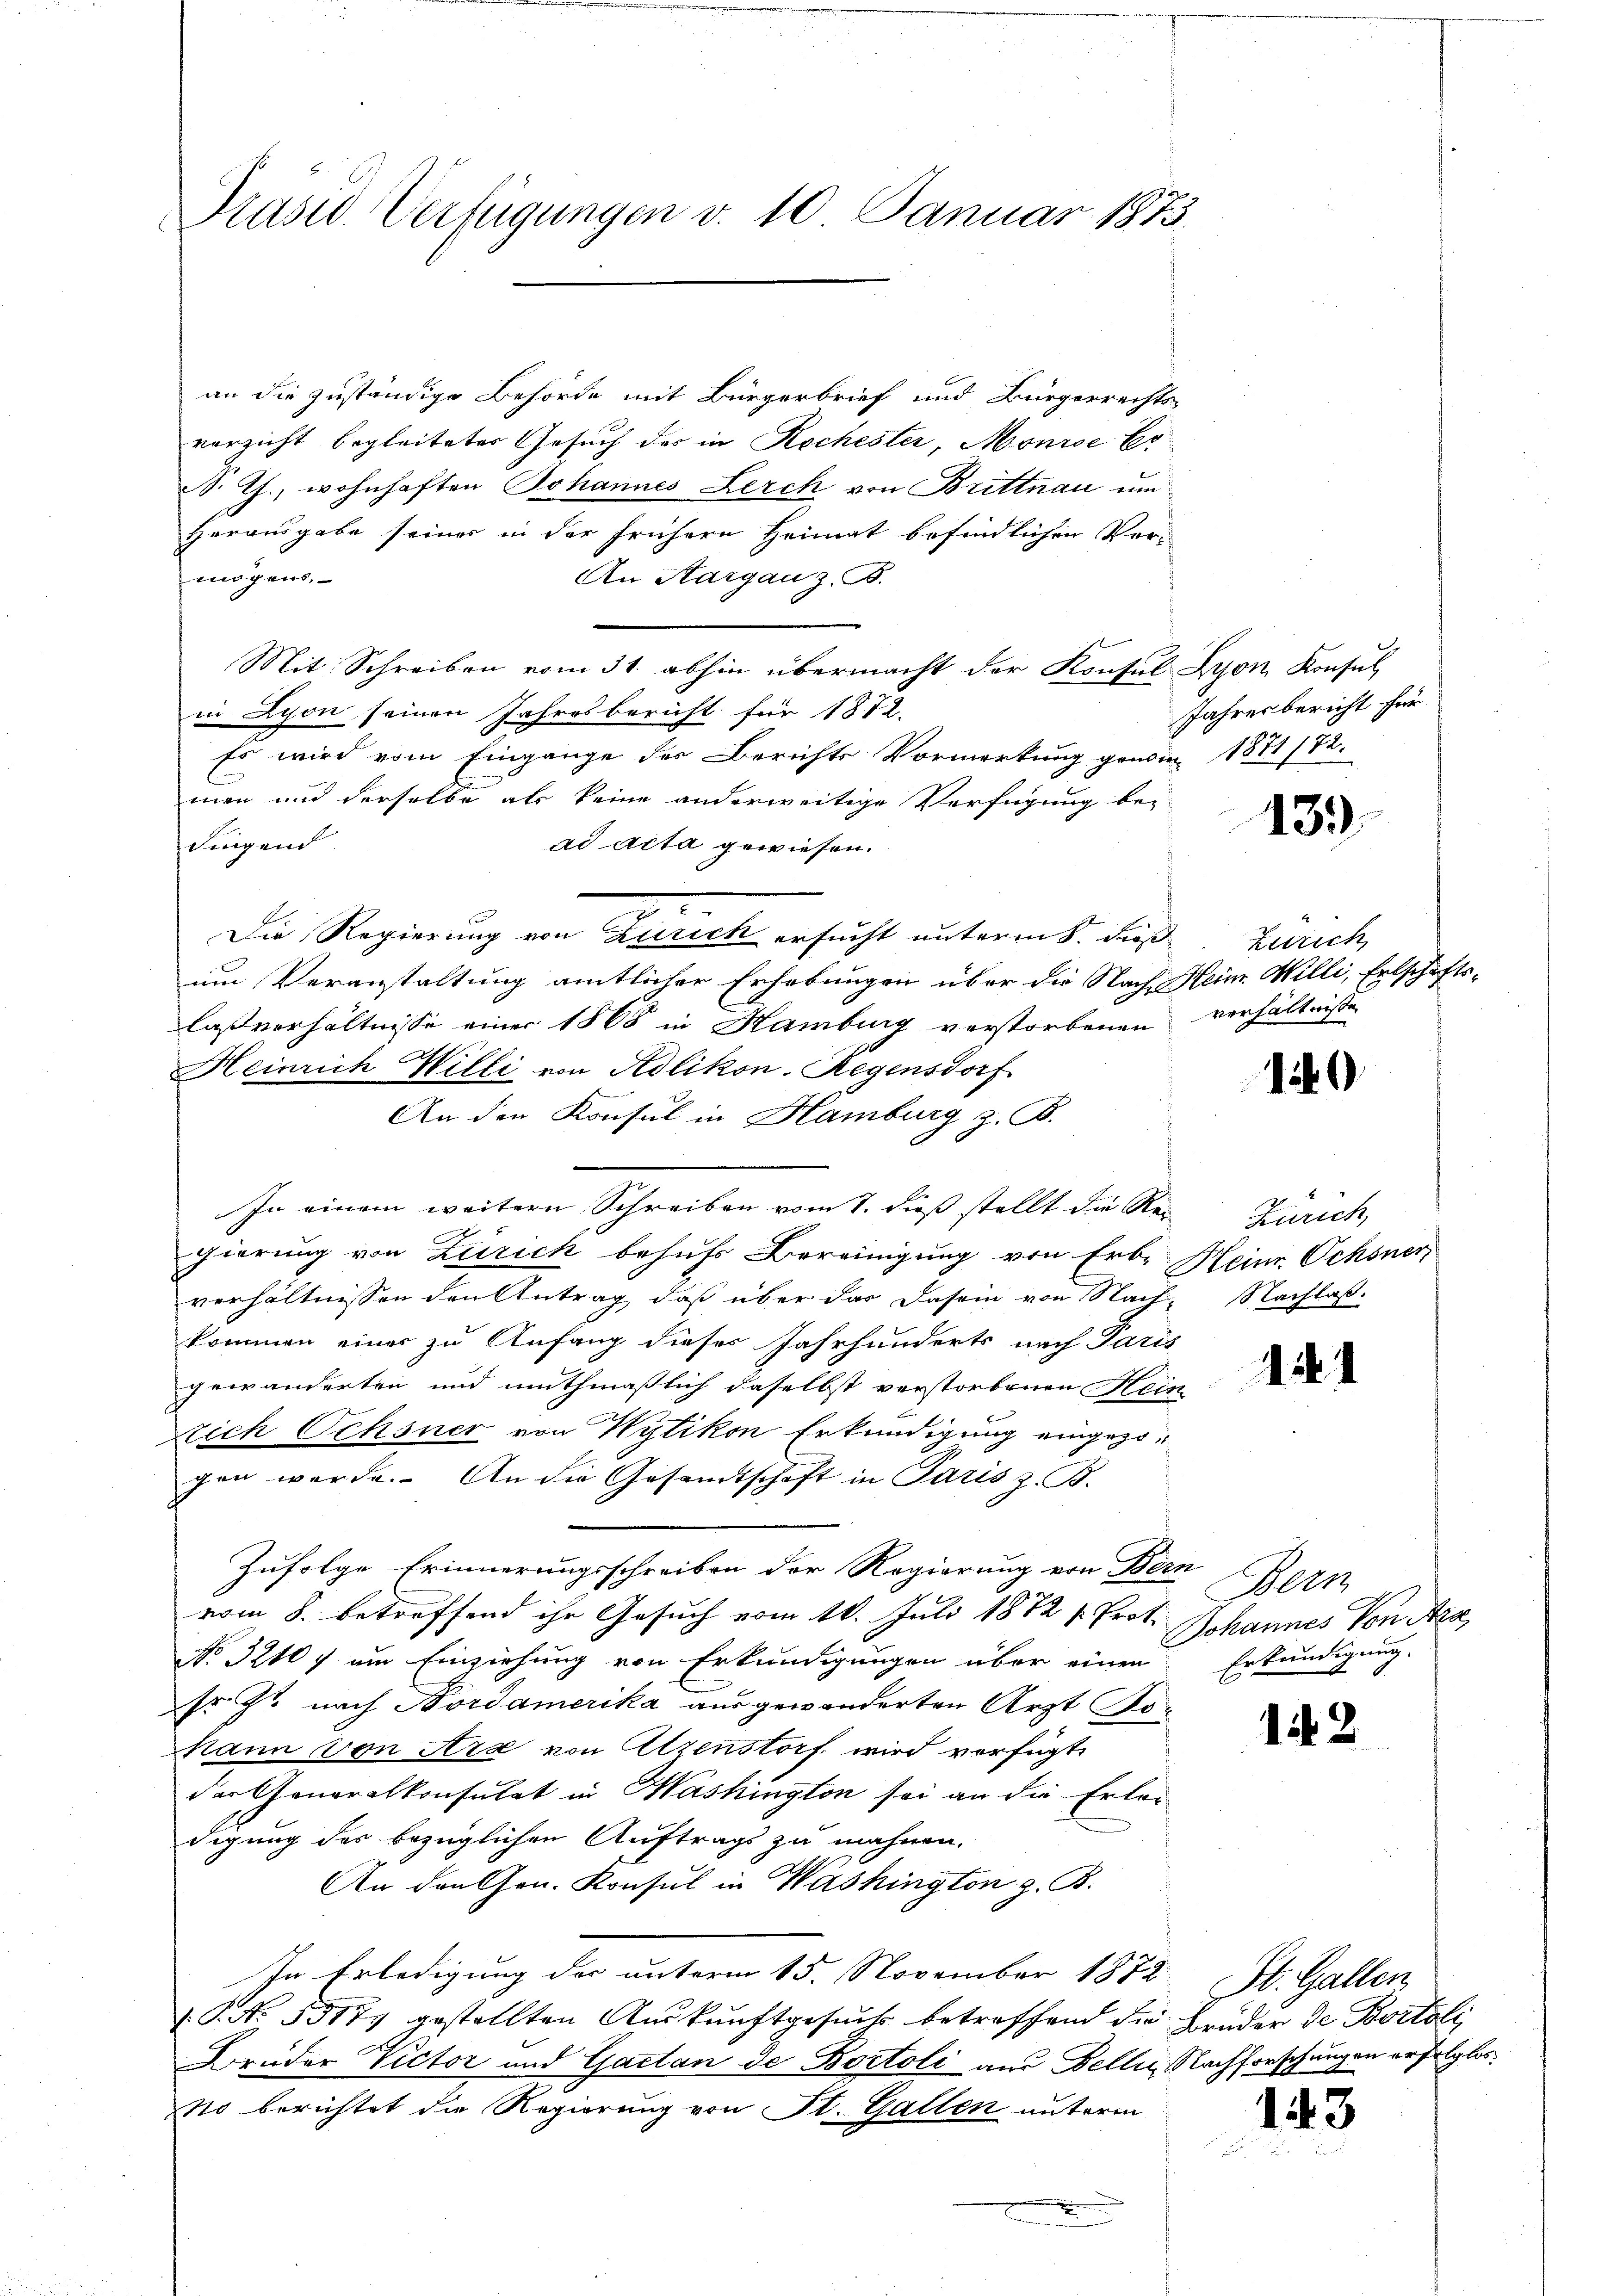
Präsid. Verfügungen v. 10 Januar 1873.

an die zuständige Behörde mit Bürgerbrief und Bürgerrechts-
verzicht begleiteter Gesuch des in Rechester, Mouise Er¬
S. Th., wohnhaften Johannes Lerch von Brittnau um
Herausgabe seiner in der frühern Heimat befindlichen Ver-
mögens,
An Hargau z. B.
Mit Schreiben vom 31. abhin übermacht der Konsul Lyon Konsul
in Lyon seinen Jahresbericht für 1872.
Es wird vom Eingange des Berichts Vormerkung geni 1871/72.
men und derselbe als keine anderweitige Verfügung be-
Fingend
ad acta gewiesen.
Die Regierung von Zürich ersucht unterm 8. die Zürich
um Veranstaltung amtlicher Erhebungen über die Nach Heim Milli, Erbschafts-
laßverhältnisse einer 1868 in Hamburg verstorbenen
2
Heinrich Willi von Adlikon-Regensdorf
An den Konsul in Hamburg z. B.
In einem weitern Schreiben vom 7. dieß stellt die Rei Zürich,
gierung von Zürich behufs Bereinigung von Erb- Heine Ochsner
verhältnissen den Antrag, daß über das Dasein von Nach- Nachlaß.
kommen einer zu Anfang dieses Jahrhunderts nach Paris
gewänderten und muthmaßlich daselbst verstorbenen Hein
u
Nich Ochsner von Wytikon Erkundigung eingezogen werde. An die Gesandtschaft in Paris z. B.
Zufolge Erinnerungsschreiben der Regierung von Bern
vom 8. betreffend ihr Gesuch vom 10. Juli 1872 v. Prot. Johannes Von Aa
No 3210 f um Einziehung von Erkundigungen über einen
fr. Zt. nach Nordamerika aus gewänderten Arzt Jo¬
Mann von Arx von Atzenstorf wird verfügt,
der Generalkonsulat in Washington sei an die Erler
digung des bezüglichen Auftrags zu mahnen.
An den Hrn. Konsul in Washington z. B.
In Erledigung der unterm 15. November 1872 St. Gallen,
(. No. 55177 gestellten Aŭskŭnftgesuch betreffend die Brüder de Bostoli
Brüder Victor und Gaetan de Bostoli aus Delli, Nachforschungen erfolglos
No berichtet die Regierung von St. Gallen unterm

Jahresbericht für

139

verhältnisse

129

11

e
Erkundigung.

12

143